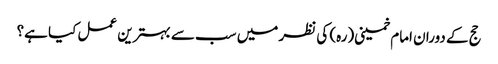
حج کے دوران امام خمینی(رہ) کی نظر میں سب سے بہترین عمل کیا ہے؟